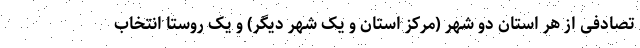
تصادفی از هر استان دو شهر (مرکز استان و یک شهر دیگر) و یک روستا انتخاب